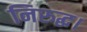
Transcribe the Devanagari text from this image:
निरुद्ध।